Report on lock hospitals in British Burma
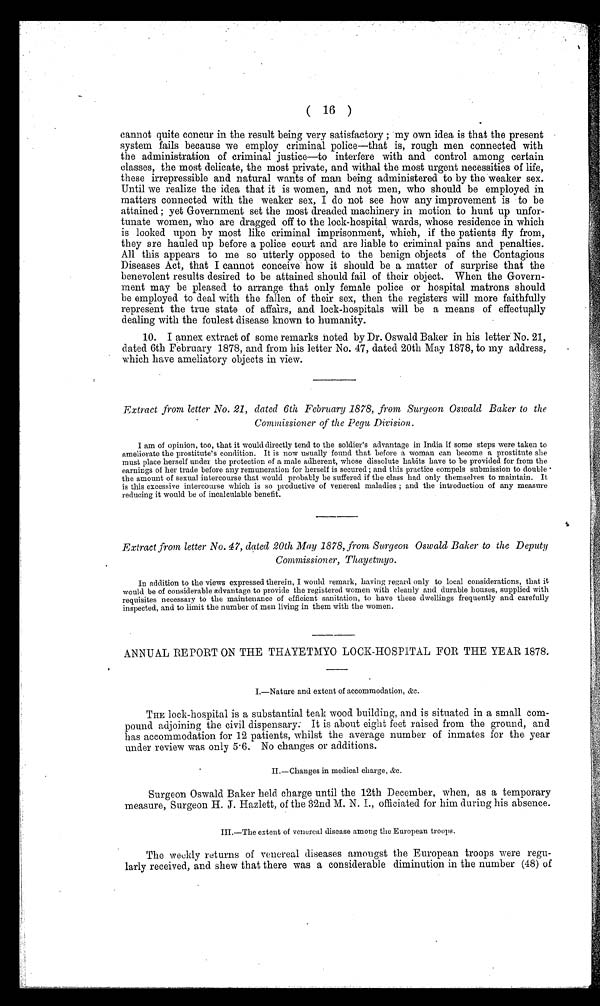
( 16 )
cannot quite concur in the result being very satisfactory ; my own idea is that, the present
system fails because we employ criminal police—that is, rough men connected with
the administration of criminal justice—to interfere with and control among certain
classes, the most delicate, the most private, and withal the most urgent necessities of life,
these irrepressible and natural wants of man being administered to by the weaker sex.
Until we realize the idea that it is women, and not men, who should be employed in
matters connected with the weaker sex, I do not see how any improvement is to be
attained ; yet Government set the most dreaded machinery in motion to hunt up unfor-
tunate women, who are dragged off to the lock-hospital wards, whose residence in which
is looked upon by most like criminal imprisonment, which, if the patients fly from,
they are hauled up before a police court and are liable to criminal pains and penalties.
All this appears to me so utterly opposed to the benign objects of the Contagious
Diseases Act, that I cannot conceive how it should be a matter of surprise that the
benevolent results desired to be attained should fail of their object. When the Govern-
ment may be pleased to arrange that only female police or hospital matrons should
be employed to deal with the fallen of their sex, then the registers will more faithfully
represent the true state of affairs, and lock-hospitals will be a means of effectually
dealing with the foulest disease known to humanity.
10. I annex extract of some remarks noted by Dr. Oswald Baker in his letter No. 21,
dated 6th February 1878, and from his letter No. 47, dated 20th May 1878, to my address,
which have ameliatory objects in view.
Extract from letter No. 21, dated 6th February 1878, from Surgeon Oswald Baker to the
Commissioner of the Pegu Division.
I am of opinion, too, that it would directly tend to the soldier's advantage in India if some steps were taken to
ameliorate the prostitute's condition. It is now usually found that before a woman can become a prostitute she
must place herself under the protection of a male adherent, whose dissolute habits have to be provided for from the
earnings of her trade before any remuneration for herself is secured ; and this practice compels submission to double
the amount of sexual intercourse that would probably be suffered if the class had only themselves to maintain. It
is this excessive intercourse which is so productive of venereal maladies ; and the introduction of any measure
reducing it would be of incalculable benefit.
Extract from letter No. 47, dated 20th May 1878, from Surgeon Oswald Baker to the Deputy
Commissioner, Thayetmyo.
In addition to the views expressed therein, I would remark, having regard only to local considerations, that it
would be of considerable advantage to provide the registered women with cleanly and durable houses, supplied with
requisites necessary to the maintenance of efficient sanitation, to have these dwellings frequently and carefully
inspected, and to limit the number of men living in them with the women.
ANNUAL REPORT ON THE THAYETMYO LOCK-HOSPITAL FOR THE YEAR 1878.
I.—Nature and extent of accommodation, &c.
THE lock-hospital is a substantial teak wood building, and is situated in a small com-
pound adjoining the civil dispensary. It is about eight feet raised from the ground, and
has accommodation for 12 patients, whilst the average number of inmates for the year
under review was only 5.6. No changes or additions.
•
II.—Changes in medical charge, &c.
Surgeon Oswald Baker held charge until the 12th December, when, as a temporary
measure, Surgeon H. J. Hazlett, of the 32nd M. N. I., officiated for him during his absence.
III.—The extent of venereal disease among the European troops.
The weekly returns of venereal diseases amongst the European troops were regu-
larly received, and shew that there was a considerable diminution in the number (48) of